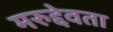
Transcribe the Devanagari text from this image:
मरुद्देवता